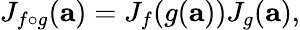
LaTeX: J_{f\circ g}(\mathbf{a})=J_{f}(g(\mathbf{a}))J_{g}(\mathbf{a}),